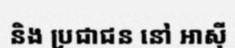
និង ប្រជាជន នៅ អាស៊ី